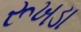
રૂખડા